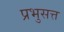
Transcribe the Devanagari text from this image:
प्रभुसत्त